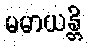
မမာယန္တိ